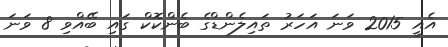
އެއީ 2015 ވަނަ އަހަރު ތައިލެންޑްގެ ބެންކޮކް ގައި ބޭއްވި 8 ވަނަ